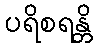
ပရိစရန္တိ